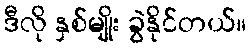
ဒီလို နှစ်မျိုး ခွဲနိုင်တယ်။